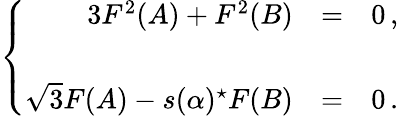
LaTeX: \left\{ \begin{array}{rcl}{{3F^{2}(A)+F^{2}(B)}}&{{=}}&{{0\, ,}}\\ {{}}&{{}}&{{}}\\ {{\sqrt{3}F(A)-s(\alpha){}^{\star}F(B)}}&{{=}}&{{0\, .}}\end{array}\right.